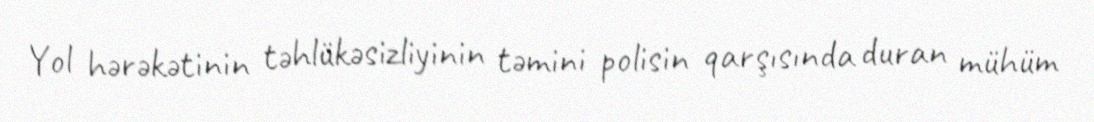
Yol hərəkətinin təhlükəsizliyinin təmini polisin qarşısında duran mühüm